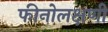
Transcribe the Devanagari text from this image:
फीनोलक्षणी